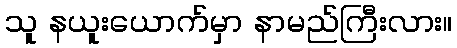
သူ နယူးယောက်မှာ နာမည်ကြီးလား။